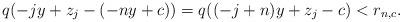
LaTeX: \begin{align*}q(-jy+z_j-(-ny+c))=q((-j+n)y+z_j-c)<r_{n,c}.\end{align*}